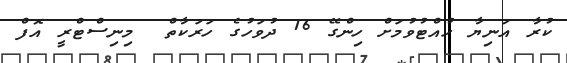
ކުރާ އަނިޔާ ހުއްޓުވުމަށް ހިންގޭ 16 ދުވަހުގެ ހަރަކާތް  މިނިސްޓްރީ އޮފް